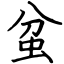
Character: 蚠